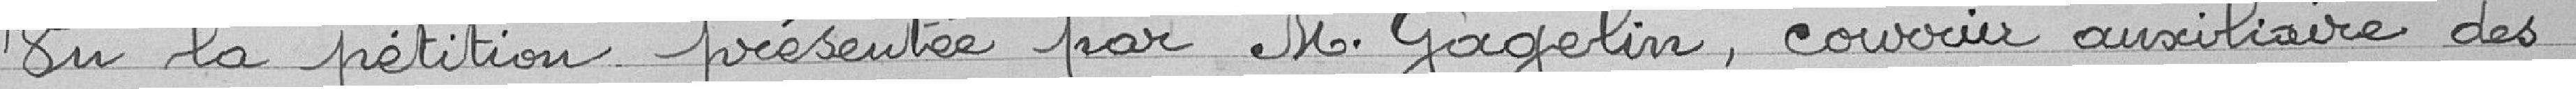
Vu la pétition présentée par Monsieur GAGELIN, courrier auxiliaire des